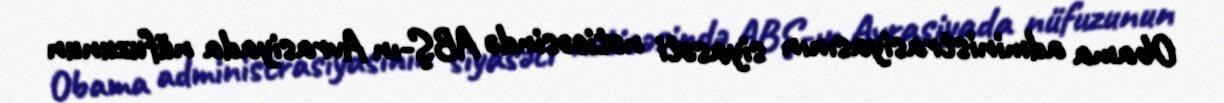
Obama administrasiyasının siyasəti nəticəsində ABŞ-ın Avrasiyada nüfuzunun